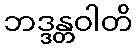
ဘဒ္ဒန္တဝါတိ